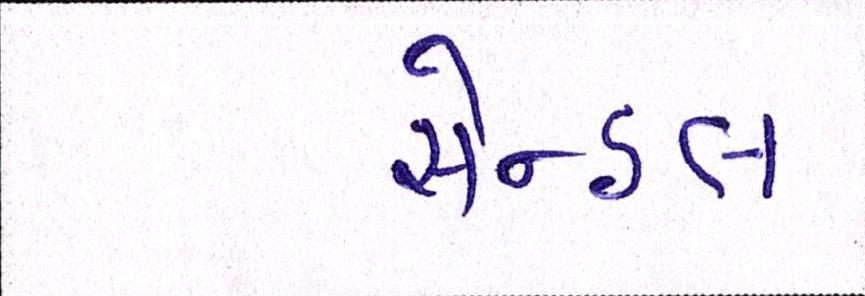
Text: સેન્ડલ